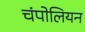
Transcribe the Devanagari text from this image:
चंपोलियन